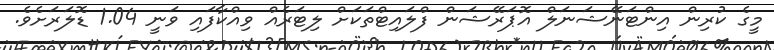
މީގެ ކުރިން އިންޓަނޭޝަނަލް އޮޕަރޭޝަން ފްލައިޓްތަކަށް ލިޓަރެއް ވިއްކާފައި ވަނީ 1.04 ޑޮލަރަށެވެ.